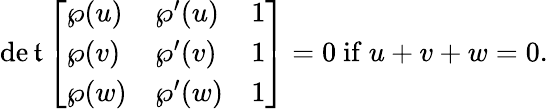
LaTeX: \operatorname*{de\mathfrak{t}}{\left[\begin{array}{lll}{\wp(u)}&{\wp^{\prime}(u)}&{1}\\ {\wp(v)}&{\wp^{\prime}(v)}&{1}\\ {\wp(w)}&{\wp^{\prime}(w)}&{1}\end{array}\right]}=0{\mathrm{{~if~}}}u+v+w=0.